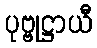
ပုဗ္ဗုဋ္ဌာယီ